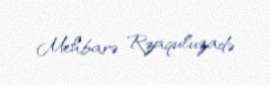
Mehbarə Rzaquluzadə